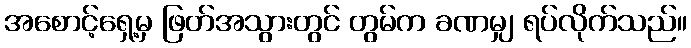
အစောင့်ရှေ့မှ ဖြတ်အသွားတွင် တွမ်က ခဏမျှ ရပ်လိုက်သည်။